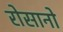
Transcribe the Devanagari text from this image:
रोसानो